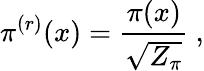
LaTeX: \pi^{(r)}(x)=\frac{\pi(x)}{\sqrt{Z_{\pi}}}~,